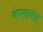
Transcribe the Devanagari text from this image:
कंप्लायंस